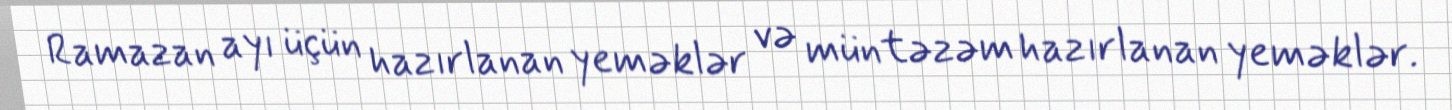
Ramazan ayı üçün hazırlanan yeməklər və müntəzəm hazırlanan yeməklər.